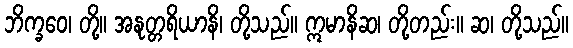
ဘိက္ခဝေ၊ တို့။ အနုတ္တရိယာနိ၊ တို့သည်။ ဣမာနိဆ၊ တို့တည်း။ ဆ၊ တို့သည်။